Indian journal of veterinary science and animal husbandry - Volumes 28-29, 1958-1959
Year: 1958
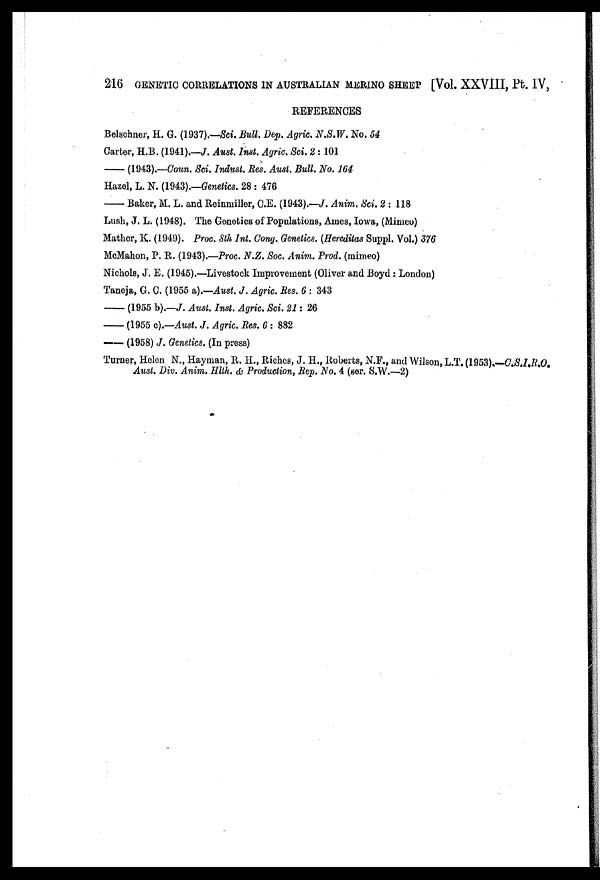
216 GENETIC CORRELATIONS IN AUSTRALIAN MERINO SHEEP [Vol. XXVIII, Pt. IV,
REFERENCES
Belschner, H. G. (1937).—Sci. Bull. Dep. Agric. N.S.W. No. 54
Carter, H.B. (1941).—J. Aust. Inst. Agric. Sci. 2 : 101
——(1943).—Coun. Sci. Indust. Res. Aust. Bull. No. 164
Hazel, L. N. (1943).—Genetics. 28 : 476
——Baker, M. L. and Reinmiller, C.E. (1943).—J. Anim. Sci. 2 : 118
Lush, J. L. (1948). The Genetics of Populations, Ames, Iowa, (Mimeo)
Mather, K. (1949). Proc. 8 th Int. Cong. Genetics. (Hereditas Suppl. Vol.) 376
McMahon, P. R. (1943).—Proc. N.Z. Soc. Anim. Prod. (mimeo)
Nichols, J. E. (1945).—Livestock Improvement (Oliver and Boyd : London)
Taneja, G. C. (1955 a).—Aust. J. Agric. Res. 6 : 343
—— (1955 b).—J. Aust. Inst. Agric. Sci. 21: 26
—— (1955 c).—Aust. J. Agric. Res. 6 : 882
—— (1958) J. Genetics. (In press)
Turner, Helen N., Hayman, R. H., Riches, J. H., Roberts, N.F., and Wilson, L.T. (1953).—C.S.I.R.O.
Aust. Div. Anim. Hlth. & Production, Rep. No. 4 (ser. S.W.—2)